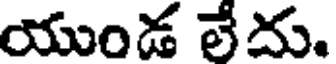
యుండ లేదు.